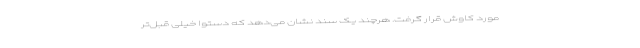
مورد کاوش قرار گرفت. هرچند یک سند نشان می‌دهد که دستوا خیلی قبل‌تر